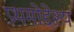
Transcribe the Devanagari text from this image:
प्रथमोद्देश्य